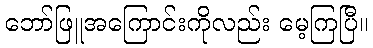
ဘော်ဖြူအကြောင်းကိုလည်း မေ့ကြပြီ။